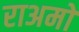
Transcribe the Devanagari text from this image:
राअमों